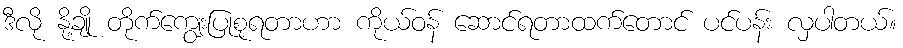
ဒီလို နို့ချို တိုက်ကျွေးပြုစုရတာဟာ ကိုယ်ဝန် ဆောင်ရတာထက်တောင် ပင်ပန်း လှပါတယ်။